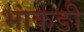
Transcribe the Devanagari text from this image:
भांकङी